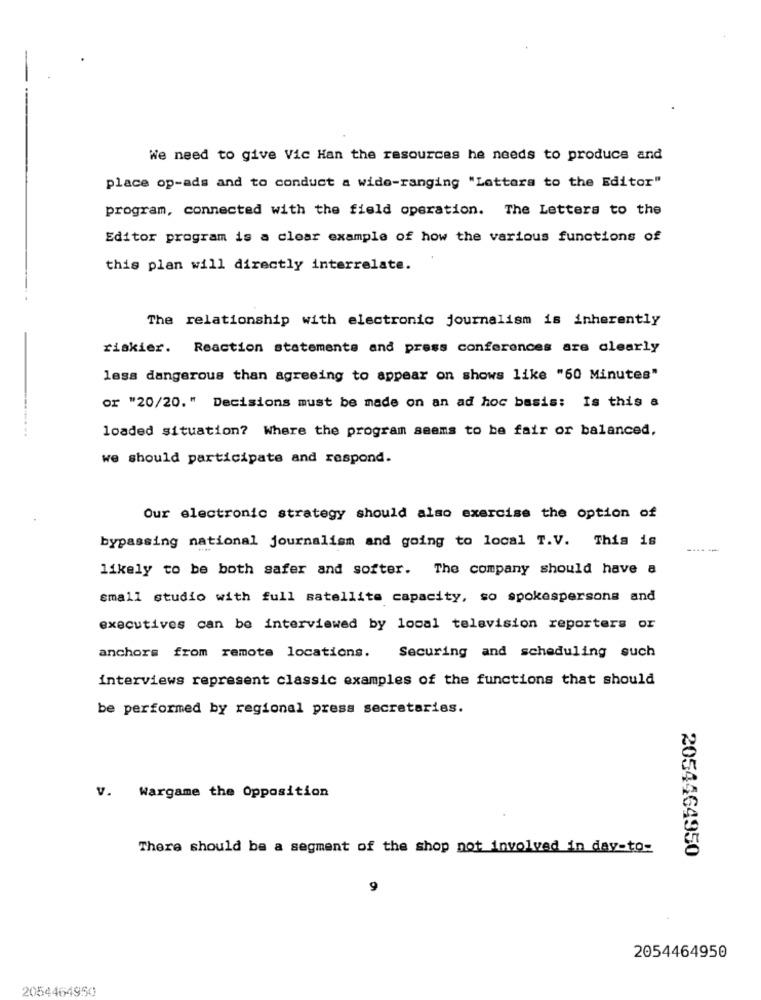
We need to give Vic Han the resources he needs to produce and
place op-ads and to conduct a wide-ranging "Lattara to the Editor"
program, connected with the field operation. The Letters to the
Editor program is a clear example of how the various functions of
this plan will directly interrelate.
The relationship with electronic journalism is inherently
riskier.
Reaction statements and press conferences are clearly
less dangerous than agreeing to appear on shows like "60 Minutes"
or "20/20." Decisions must be made on an ad hoc basis: Is this a
loaded situation? Where the program seems to be fair or balanced,
we should participate and respond.
Our electronic strategy should also exercise the option of
bypassing national journalism and going to local T.V. This is
likely to be both safer and softer. The company should have a
small studio with full satellite capacity, so spokespersons and
executives can be interviewed by local television reporters or
anchors from remote locations.
Securing and scheduling such
interviews represent classic examples of the functions that should
be performed by regional press secretaries.
V. Wargame the Opposition
There should be a segment of the shop not involved in day-to-
2054464950
9
2054464950
2054464950